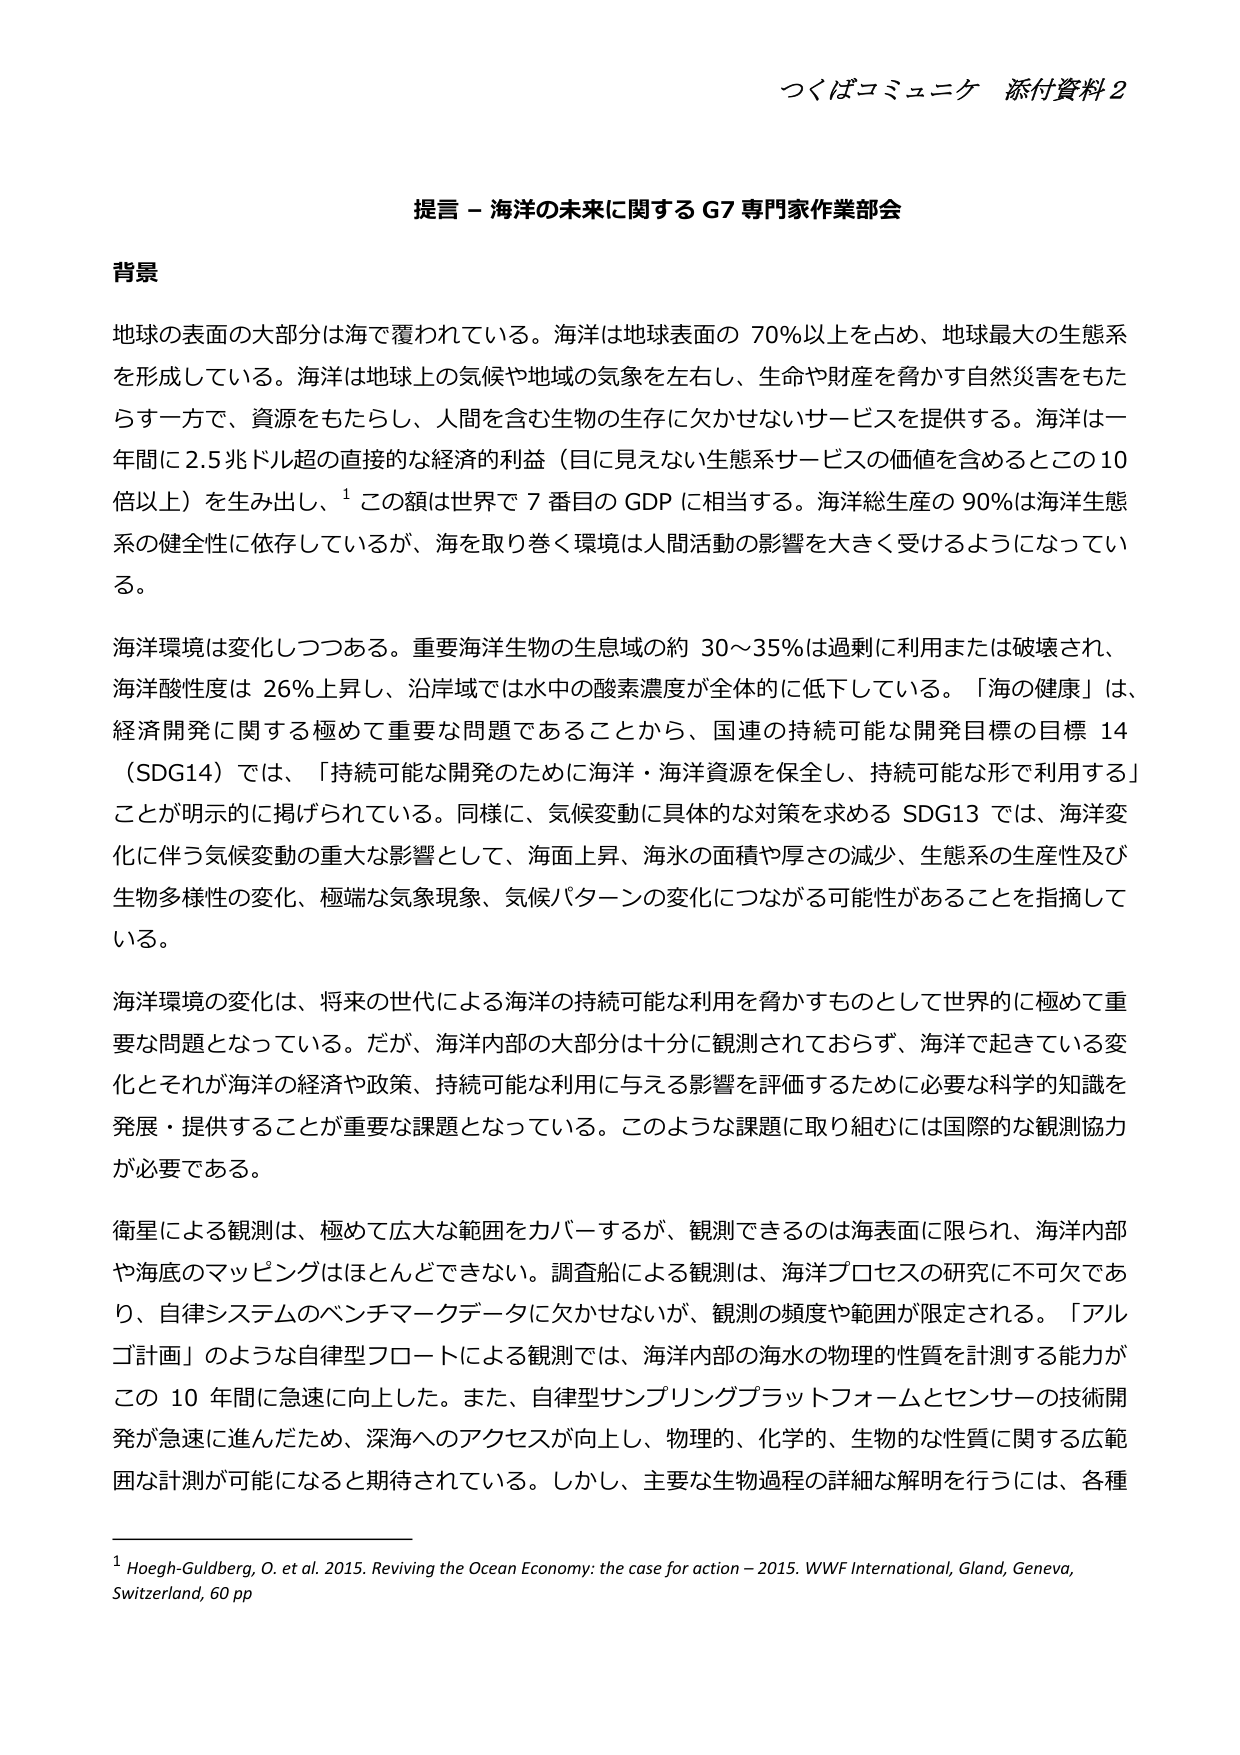
つくばコミュニケ 添付資料2

提言－海洋の未来に関するG7専門家作業部会

背景

地球の表面の大部分は海で覆われている。海洋は地球表面の70％以上を占め、地球最大の生態系を形成している。海洋は地球上の気候や地域の気象を左右し、生命や財産を脅かす自然災害をもたらす一方で、資源をもたらし、人間を含む生物の生存に欠かせないサービスを提供する。海洋は一年間に2.5兆ドル超の直接的な経済的利益（目に見えない生態系サービスの価値を含めるとこの10倍以上）を生み出し、¹この額は世界で7番目のGDPに相当する。海洋総生産の90％は海洋生態系の健全性に依存しているが、海を取り巻く環境は人間活動の影響を大きく受けるようになっている。

海洋環境は変化しつつある。重要海洋生物の生息域の約30～35％は過剰に利用または破壊され、海洋酸性度は26％上昇し、沿岸域では水中の酸素濃度が全体的に低下している。「海の健康」は、経済開発に関する極めて重要な問題であることから、国連の持続可能な開発目標の目標14（SDG14）では、「持続可能な開発のために海洋・海洋資源を保全し、持続可能な形で利用する」ことが明示的に掲げられている。同様に、気候変動に具体的な対策を求めるSDG13では、海洋変化に伴う気候変動の重大な影響として、海面上昇、海水の面積や厚さの減少、生態系の生産性及び生物多様性の変化、極端な気象現象、気候パターンの変化につながる可能性があることを指摘している。

海洋環境の変化は、将来の世代による海洋の持続可能な利用を脅かすものとして世界的に極めて重要な問題となっている。だが、海洋内部の大部分は十分に観測されておらず、海洋で起きている変化とそれが海洋の経済や政策、持続可能な利用に与える影響を評価するために必要な科学的知識を発展・提供することが重要な課題となっている。このような課題に取り組むには国際的な観測協力が必要である。

衛星による観測は、極めて広大な範囲をカバーするが、観測できるのは海表面に限られ、海洋内部や海底のマッピングはほとんどできない。調査船による観測は、海洋プロセスの研究に不可欠であり、自律システムのベンチマークデータに欠かせないが、観測の頻度や範囲が限定される。「アルゴ計画」のような自律型フロートによる観測では、海洋内部の海水の物理的性質を計測する能力がこの10年間に急速に向上した。また、自律型サンプリングプラットフォームとセンサーの技術開発が急速に進んだため、深海へのアクセスが向上し、物理的、化学的、生物的な性質に関する広範囲な計測が可能になると期待されている。しかし、主要な生物過程の詳細な解明を行うには、各種

¹ Hoegh-Guldberg, O. et al. 2015. Reviving the Ocean Economy: the case for action – 2015. WWF International, Gland, Geneva, Switzerland, 60 pp